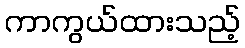
ကာကွယ်ထားသည့်